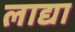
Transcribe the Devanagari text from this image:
लाद्या